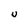
Character: U